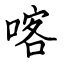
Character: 喀